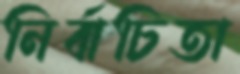
নির্বাচিতা